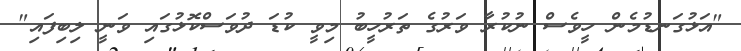
"އަޅުގަނޑުމެން ހީވެސް ނުކުރާ ވަރުގެ ތަރުހީބު މިވީ ކުޑަ ދުވަސްކޮޅުގައި ވަނީ ލިބިފައި"